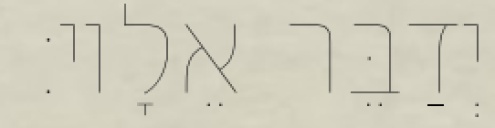
וַיְדַבֵּר אֵלָיו׃